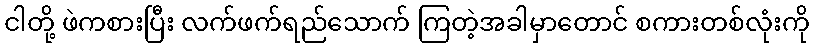
ငါတို့ ဖဲကစားပြီး လက်ဖက်ရည်သောက် ကြတဲ့အခါမှာတောင် စကားတစ်လုံးကို